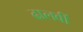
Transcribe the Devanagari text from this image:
ढालवीं